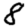
Digit: 8